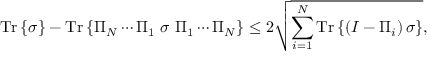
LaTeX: { \mathrm { T r } } \left\{ \sigma \right\} - { \mathrm { T r } } \left\{ \Pi _ { N } \cdots \Pi _ { 1 } \ \sigma \ \Pi _ { 1 } \cdots \Pi _ { N } \right\} \leq 2 { \sqrt { \sum _ { i = 1 } ^ { N } { \mathrm { T r } } \left\{ \left( I - \Pi _ { i } \right) \sigma \right\} } } ,